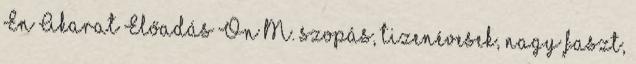
Én Akarat Előadás Ön M. szopás, tizenévesek, nagy faszt,